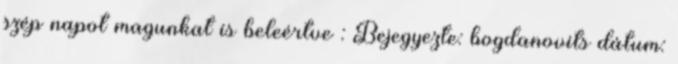
szép napot magunkat is beleértve : Bejegyezte: bogdanovits dátum: